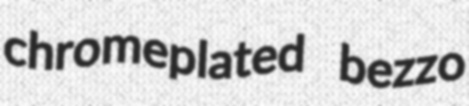
chromeplated bezzo